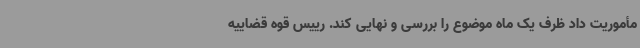
مأموریت داد ظرف یک ماه موضوع را بررسی و نهایی کند. رییس قوه قضاییه